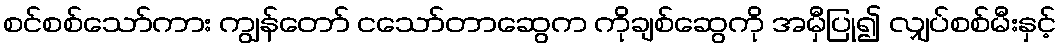
စင်စစ်သော်ကား ကျွန်တော် ငသော်တာဆွေက ကိုချစ်ဆွေကို အမှီပြု၍ လျှပ်စစ်မီးနှင့်